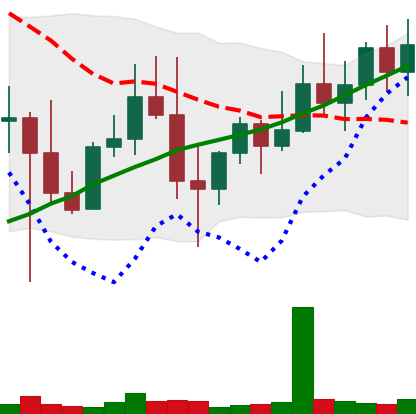
Ticker: XMR-USD
Chart end date: 2022-10-31
Forward return: 5.428%
Label: up_5_7